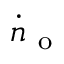
\dot { n } _ { \mathrm { ~ o ~ } }